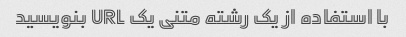
با استفاده از یک رشته متنی یک URL بنویسید